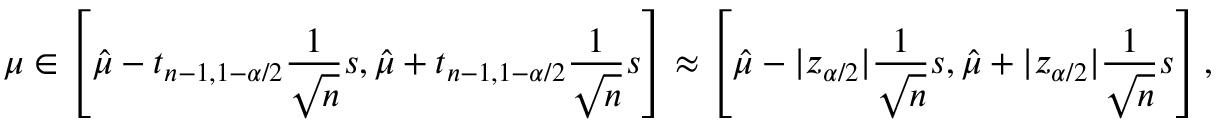
\mu \in \left[ { \hat { \mu } } - t _ { n - 1 , 1 - \alpha / 2 } { \frac { 1 } { \sqrt { n } } } s , { \hat { \mu } } + t _ { n - 1 , 1 - \alpha / 2 } { \frac { 1 } { \sqrt { n } } } s \right] \approx \left[ { \hat { \mu } } - | z _ { \alpha / 2 } | { \frac { 1 } { \sqrt { n } } } s , { \hat { \mu } } + | z _ { \alpha / 2 } | { \frac { 1 } { \sqrt { n } } } s \right] ,